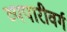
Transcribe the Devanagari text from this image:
व्यपारीवर्ग